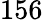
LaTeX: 156